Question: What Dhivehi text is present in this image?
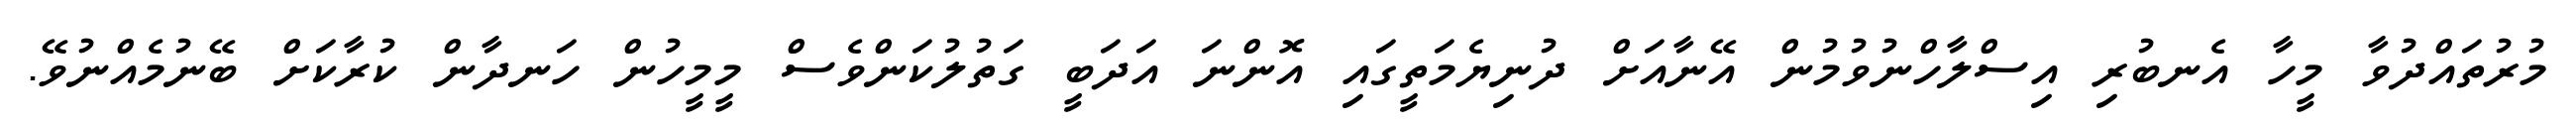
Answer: މުރުތައްދުވާ މީހާ އެނބުރި އިސްލާހްނުވުމުން އޭނާއަށް ދުނިޔެމަތީގައި އޮންނަ އަދަބީ ގަތުލުކަންވެސް މީމީހުން ހަނދާން ކުރާކަށް ބޭނުމެއްނުވޭ.